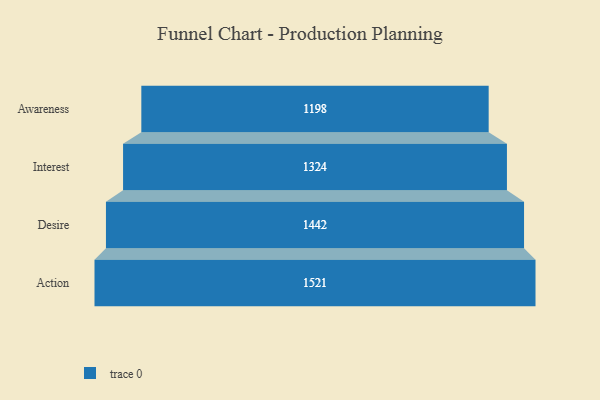
{"axis": {"x": "Stage", "y": "Value"}, "legend": [""], "data": [{"x": "Awareness", "y": 1198.0, "type": ""}, {"x": "Interest", "y": 1324.0, "type": ""}, {"x": "Desire", "y": 1442.0, "type": ""}, {"x": "Action", "y": 1521.0, "type": ""}]}